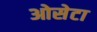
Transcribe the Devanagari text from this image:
ओसेटा